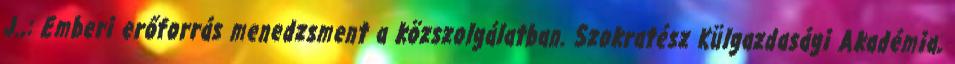
J.,: Emberi erőforrás menedzsment a közszolgálatban. Szokratész Külgazdasági Akadémia,